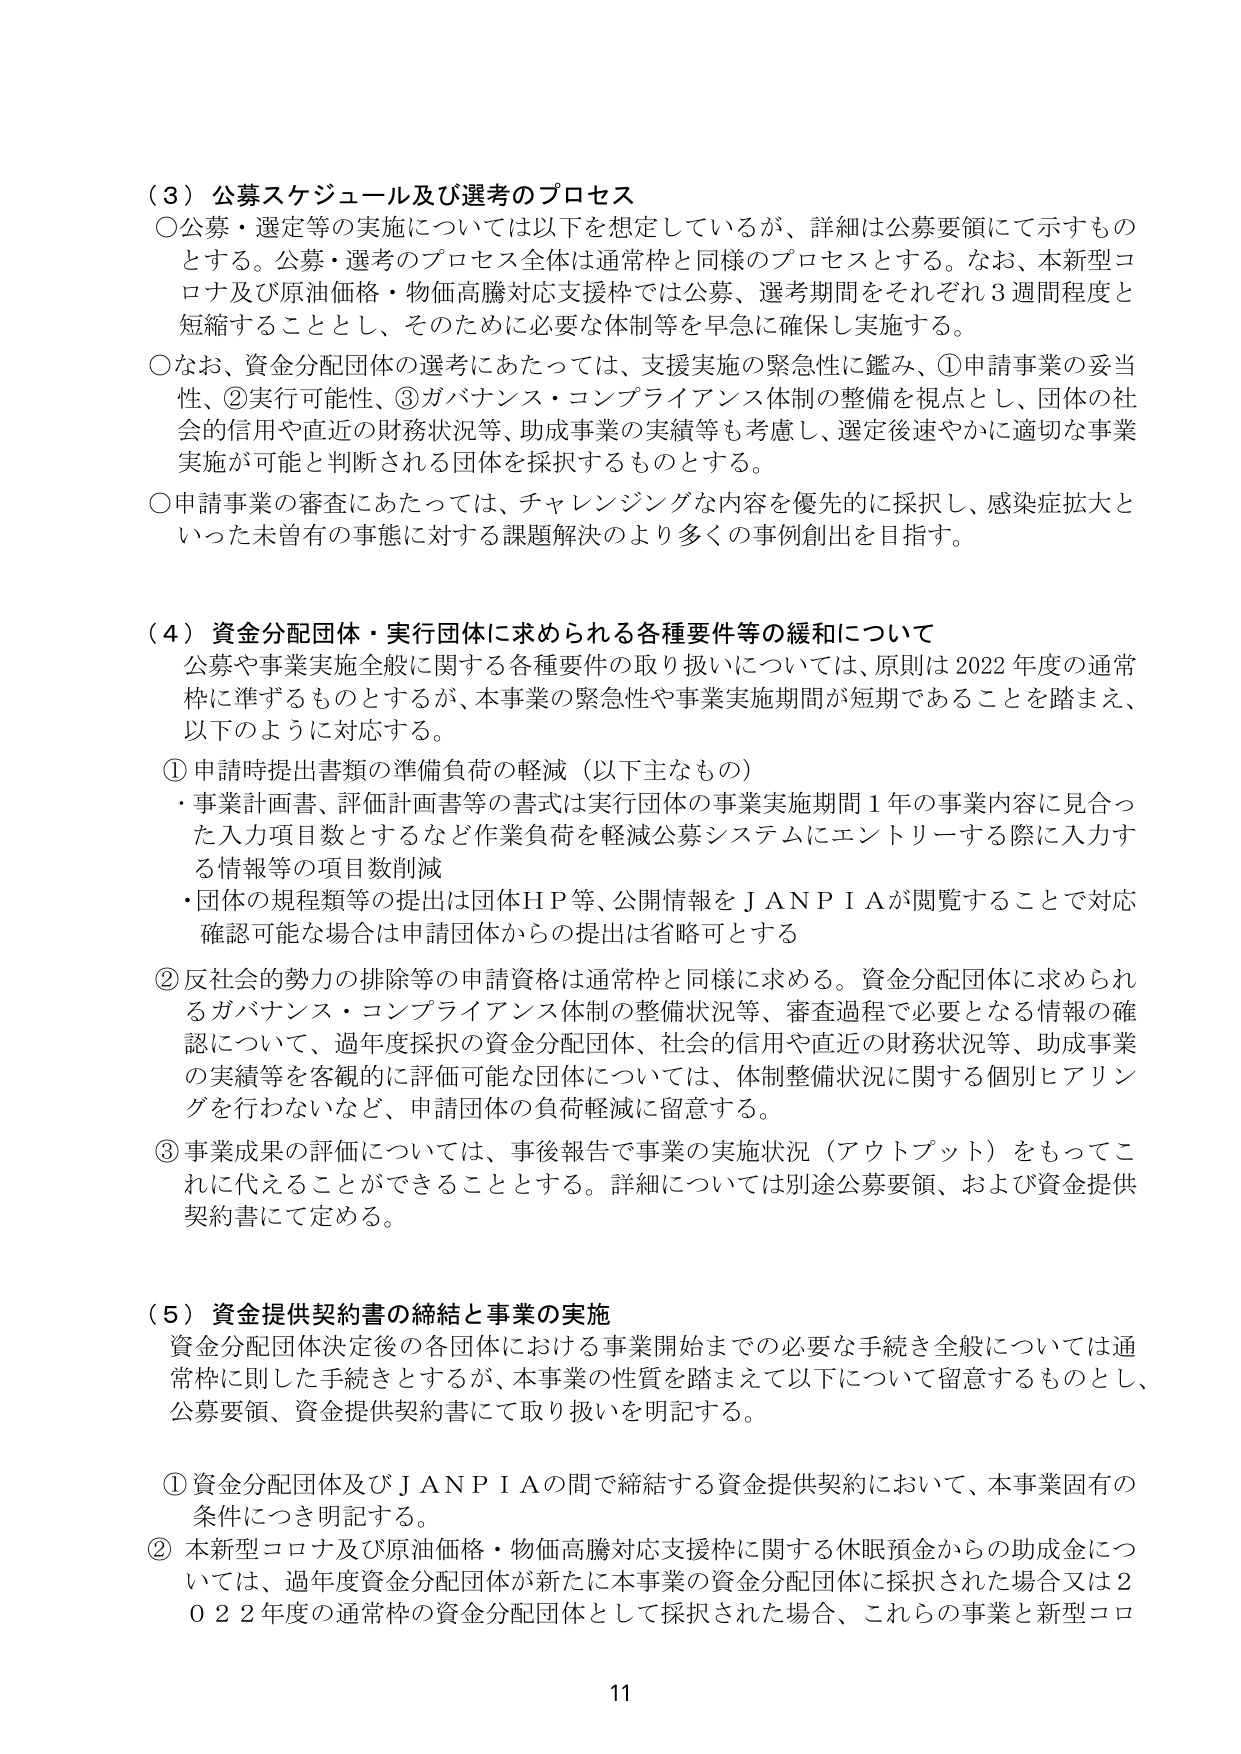
（３）公募スケジュール及び選考のプロセス
○公募・選考等の実施については以下を想定しているが、詳細は公募要領にて示すものとする。公募・選考のプロセス全体は通常枠と同様のプロセスとする。なお、本新型コロナ及び原油価格・物価高騰対応支援枠では公募、選考期間をそれぞれ３週間程度と短縮することとし、そのために必要な体制等を早急に確保し実施する。
○なお、資金分配団体の選考にあたっては、支援実施の緊急性に鑑み、①申請事業の妥当性、②実行可能性、③ガバナンス・コンプライアンス体制の整備を視点とし、団体の社会的信用や直近の財務状況等、助成事業の実績等も考慮し、選定後速やかに適切な事業実施が可能と判断される団体を採択するものとする。
○申請事業の審査にあたっては、チャレンジングな内容を優先的に採択し、感染症拡大といった未曾有の事態に対する課題解決のより多くの事例創出を目指す。

（４）資金分配団体・実行団体に求められる各種要件等の緩和について
公募や事業実施全般に関する各種要件の取り扱いについては、原則は2022年度の通常枠に準ずるものとするが、本事業の緊急性や事業実施期間が短期であることを踏まえ、以下のように対応する。
①申請時提出書類の準備負荷の軽減（以下主なもの）
・事業計画書、評価計画書等の書式は実行団体の事業実施期間１年の事業内容に見合った入力項目数とするなど作業負荷を軽減公募システムにエントリーする際に入力する情報等の項目数削減
・団体の規程類等の提出は団体ＨＰ等、公開情報をＪＡＮＰＩＡが閲覧することで対応確認可能な場合は申請団体からの提出は省略可とする
②反社会的勢力の排除等の申請資格は通常枠と同様に求める。資金分配団体に求められるガバナンス・コンプライアンス体制の整備状況等、審査過程で必要となる情報の確認について、過年度採択の資金分配団体、社会的信用や直近の財務状況等、助成事業の実績等を客観的に評価可能な団体については、体制整備状況に関する個別ヒアリングを行わないなど、申請団体の負荷軽減に留意する。
③事業成果の評価については、事後報告で事業の実施状況（アウトプット）をもってこれに代えることができる thing とする。詳細については別途公募要領、および資金提供契約書にて定める。

（５）資金提供契約書の締結と事業の実施
資金分配団体決定後の各団体における事業開始までの必要な手続き全般については通常枠に則した手続きとするが、本事業の性質を踏まえて以下について留意するものとし、公募要領、資金提供契約書にて取り扱いを明記する。
①資金分配団体及びＪＡＮＰＩＡの間で締結する資金提供契約において、本事業固有の条件につき明記する。
②本新型コロナ及び原油価格・物価高騰対応支援枠に関する休眠預金からの助成金については、過年度資金分配団体が新たに本事業の資金分配団体に採択された場合又は2022年度の通常枠の資金分配団体として採択された場合、これらの事業と新型コロ

11